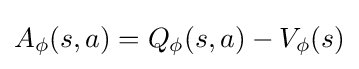
A_{\phi }(s,a)=Q_{\phi }(s,a)-V_{\phi }(s)